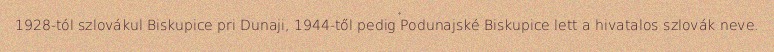
1928-tól szlovákul Biskupice pri Dunaji, 1944-től pedig Podunajské Biskupice lett a hivatalos szlovák neve.